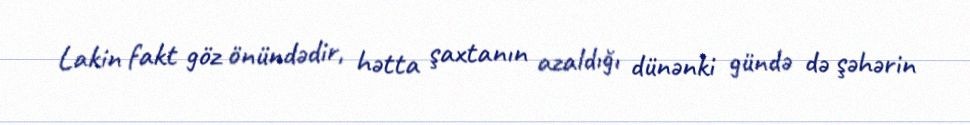
Lakin fakt göz önündədir, hətta şaxtanın azaldığı dünənki gündə də şəhərin